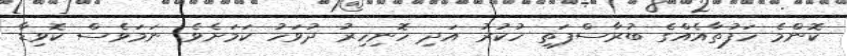
ކޮންމެ ހަފުތާއެއްގެ ބުރާސްފަތި ހުކުރު އަދި ހޮނިހިރު ދުވަހު ކަމަށެވެ. ނަމަވެސް ކޮވިޑާ